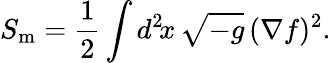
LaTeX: S_{\mathrm{m}}=\frac{1}{2}\int d^{2}\! x\, \sqrt{-g}\, (\nabla f)^{2}.